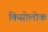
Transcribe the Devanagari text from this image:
किसोलोक